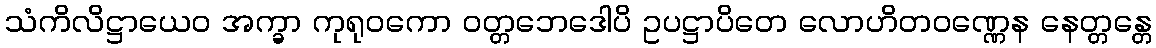
သံကိလိဋ္ဌာယေဝ အက္ခာ ကုရုဝကော ဝတ္တဘေဒေါပိ ဥပဋ္ဌာပိတေ လောဟိတဝဏ္ဏေန နေတ္တန္တေ